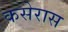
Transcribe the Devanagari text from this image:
कसेरास